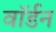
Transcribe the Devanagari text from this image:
वॉर्डन